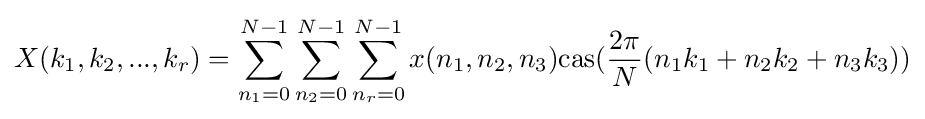
X(k_{1},k_{2},...,k_{r})=\sum _{n_{1}=0}^{N-1}\sum _{n_{2}=0}^{N-1}\sum _{n_{r}=0}^{N-1}x(n_{1},n_{2},n_{3}){\rm {cas}}({\frac {2\pi }{N}}(n_{1}k_{1}+n_{2}k_{2}+n_{3}k_{3}))